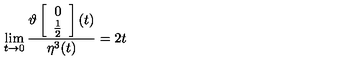
\lim _ { t \rightarrow 0 } \frac { \vartheta \left[ \begin{array} { c } { 0 } \\ { \frac { 1 } { 2 } } \\ \end{array} \right] ( t ) } { \eta ^ { 3 } ( t ) } = 2 t